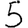
Digit: 5